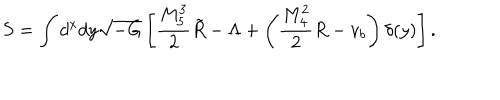
S = \int d ^ { x } d y \sqrt { - G } \left[ \frac { M _ { 5 } ^ { 3 } } { 2 } \tilde { R } - \Lambda + \left( \frac { M _ { 4 } ^ { 2 } } { 2 } R - v _ { b } \right) \delta ( y ) \right] .